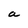
Character: a